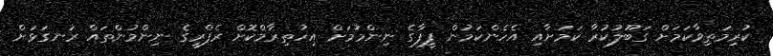
ކުރިމަތިވާކަމަށް ގަބޫލުކުރާ ކަމަށާއި އެހެންކަމުން ފީފާގެ ނިންމުމަށް އިހުތިރާމްކޮށް ރެފްރީގެ ނިންމުންތައް ރަނގަޅަށް